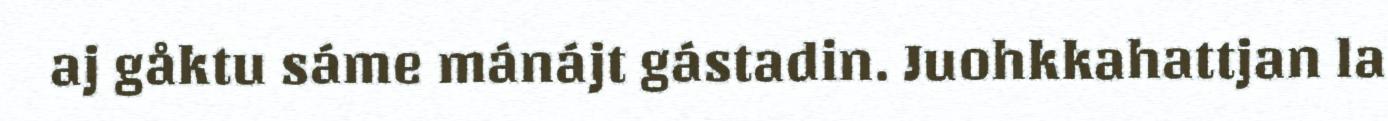
aj gåktu sáme mánájt gástadin. Juohkkahattjan la